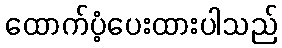
ထောက်ပံ့ပေးထားပါသည်